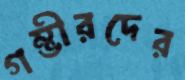
গম্ভীরদের